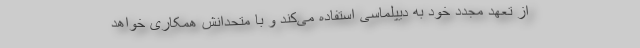
از تعهد مجدد خود به دیپلماسی استفاده می‌کند و با متحدانش همکاری خواهد